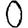
Digit: 0